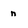
Character: n